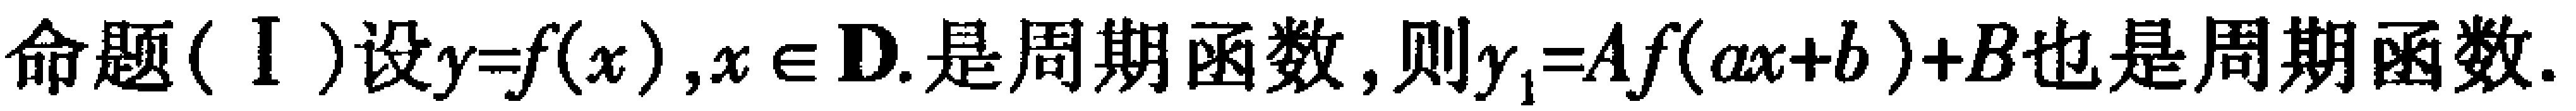
命题(Ⅰ)设$y = f(x),x\in \mathbf{D}$.是周期函数,则$y_{1}=Af(ax + b)+B$也是周期函数.